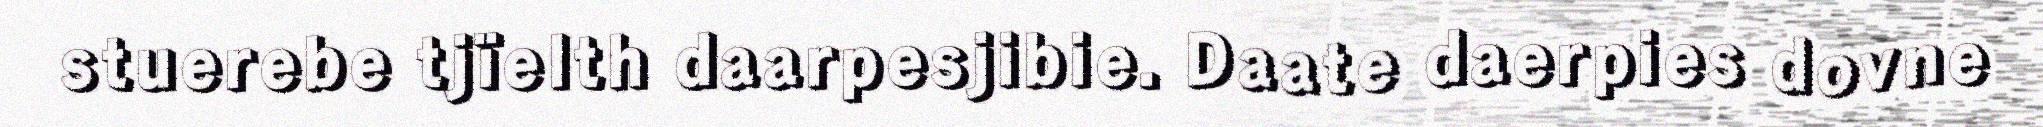
stuerebe tjïelth daarpesjibie. Daate daerpies dovne